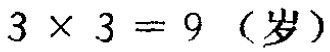
\(3\times3 = 9 \text{（岁）}\)